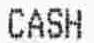
CASH